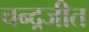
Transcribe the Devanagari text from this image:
चन्द्रजीत